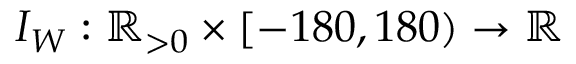
I _ { W } : \mathbb { R } _ { > 0 } \times [ - 1 8 0 , 1 8 0 ) \to \mathbb { R }